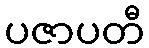
ပဇာပတီ